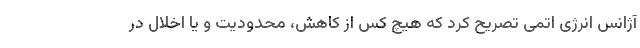
آژانس انرژی اتمی تصریح کرد که هیچ کس از کاهش، محدودیت و یا اخلال در